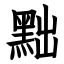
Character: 黜